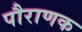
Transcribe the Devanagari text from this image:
पौराणक